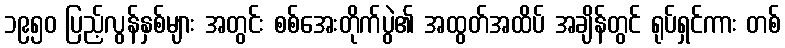
၁၉၅၀ ပြည့်လွန်နှစ်များ အတွင်း စစ်အေးတိုက်ပွဲ၏ အထွတ်အထိပ် အချိန်တွင် ရုပ်ရှင်ကား တစ်